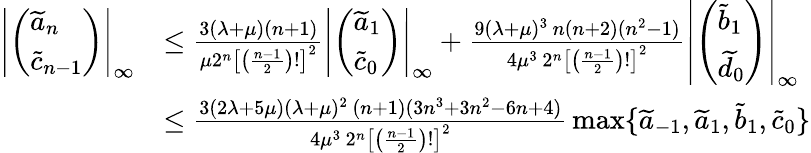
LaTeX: \begin{array}{rl}{\left|\left(\begin{array}{l}{\widetilde a_{n}}\\ {\widetilde c_{n-1}}\end{array}\right)\right|_{\infty}}&{\le\frac{3(\lambda+\mu)(n+1)}{\mu 2^{n}\left[\left(\frac{n-1}2\right)!\right]^{2}}\left|\left(\begin{array}{l}{\widetilde a_{1}}\\ {\widetilde c_{0}}\end{array}\right)\right|_{\infty}+\frac{9(\lambda+\mu)^{3}\, n(n+2)(n^{2}-1)}{4\mu^{3}\, 2^{n}\left[\left(\frac{n-1}{2}\right)!\right]^{2}}\left|\left(\begin{array}{l}{\widetilde b_{1}}\\ {\widetilde d_{0}}\end{array}\right)\right|_{\infty}}\\ &{\le\frac{3(2\lambda+5\mu)(\lambda+\mu)^{2}\, (n+1)(3n^{3}+3n^{2}-6n+4)}{4\mu^{3}\, 2^{n}\left[\left(\frac{n-1}{2}\right)!\right]^{2}}\, \operatorname*{max}\{ \widetilde a_{-1},\widetilde a_{1},\widetilde b_{1},\widetilde c_{0}\} }\end{array}